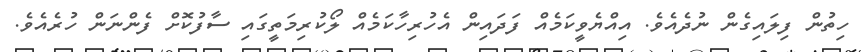
ހިތުން ފިލައިގެން ނުދެއެވެ. އިއްޔެވީކަމެއް ފަދައިން އެހުރިހާކަމެއް ލޯކުރިމަތީގައި ސާފުކޮށް ފެންނަން ހުރެއެވެ.